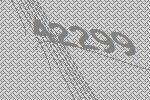
42299